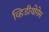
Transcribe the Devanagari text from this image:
व्हिडीयोगेम